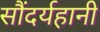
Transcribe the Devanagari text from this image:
सौंदर्यहानी